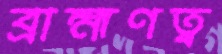
ব্রাহ্মণত্ব